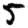
Digit: 5